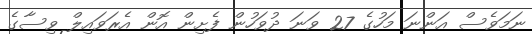
ނަމަވެސް އަންނަ މަހުގެ 27 ވަނަ ދުވަހުން ފެށިން އޮން އެރަވައިލް ވިސާގެ